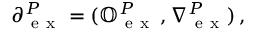
\partial _ { \mathrm { ~ e ~ x ~ } } ^ { P } = ( \mathbb { O } _ { \mathrm { ~ e ~ x ~ } } ^ { P } \, , \nabla { } _ { \mathrm { ~ e ~ x ~ } } ^ { P } ) \, ,